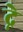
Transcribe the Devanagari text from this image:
द्ने